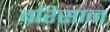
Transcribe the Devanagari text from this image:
बरिसान